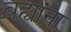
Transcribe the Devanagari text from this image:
वह्यांना